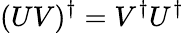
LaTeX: (UV)^{\dagger}=V^{\dagger}U^{\dagger}